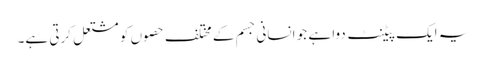
یہ ایک پیٹنٹ دوا ہے جو انسانی جسم کے مختلف حصوں کو مشتعل کرتی ہے۔